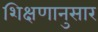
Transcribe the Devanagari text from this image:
शिक्षणानुसार